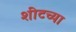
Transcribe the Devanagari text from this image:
शीटच्या